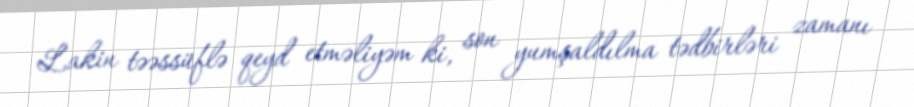
Lakin təəssüflə qeyd etməliyəm ki, son yumşaldılma tədbirləri zamanı